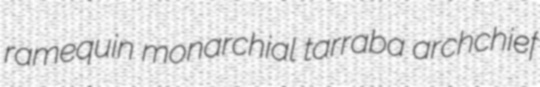
ramequin monarchial tarraba archchief